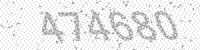
Solution: 474680